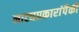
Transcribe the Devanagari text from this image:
नाट्यप्रकारांपैकी